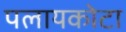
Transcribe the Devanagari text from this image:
पलायकोटा